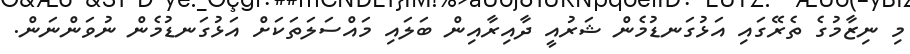
މި ނިޒާމުގެ ތެރޭގައި އަޅުގަނޑުމެން ޝަރުއީ ދާއިރާއިން ބަލައި މައްސަލަތަކަށް އަޅުގަނޑުމެން ނުވަންނަން.